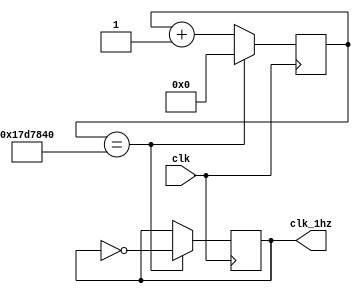
module clk_generator(clk_1hz,clk);
input clk;
output clk_1hz;
reg clk_1hz;
reg[24:0]count;
always@ (posedge clk)
begin if(count==25_000_000)begin
count <= 0;
clk_1hz <= ~clk_1hz;
end else begin 
count <= count +1;
clk_1hz <= clk_1hz;
end 
end
endmodule